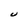
Character: U